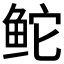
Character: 𬶍